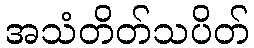
အသံတိတ်သပိတ်